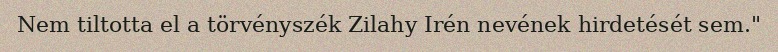
Nem tiltotta el a törvényszék Zilahy Irén nevének hirdetését sem."